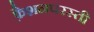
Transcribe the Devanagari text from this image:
फ़ैशनपरस्ती